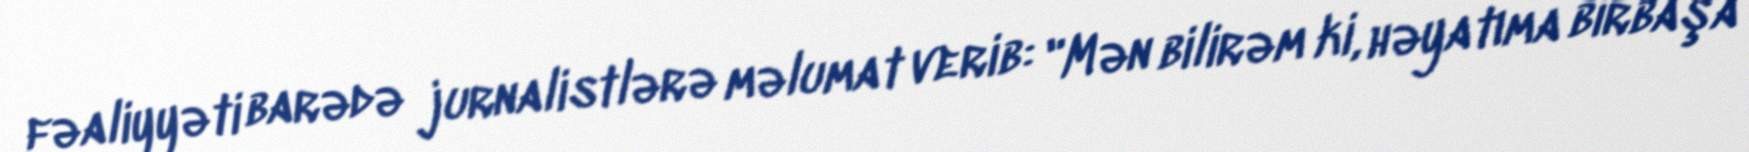
fəaliyyəti barədə jurnalistlərə məlumat verib: "Mən bilirəm ki, həyatıma birbaşa